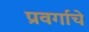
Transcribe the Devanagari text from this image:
प्रवर्गाचे